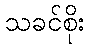
သခင်စိုး